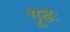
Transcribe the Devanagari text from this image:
गूढः